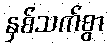
နှစ်သက်စွာ